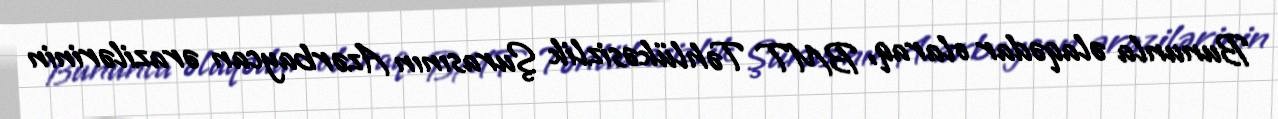
Bununla əlaqədar olaraq, BMT Təhlükəsizlik Şurasının Azərbaycan ərazilərinin